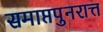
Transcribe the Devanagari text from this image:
समाप्तपुनरात्त